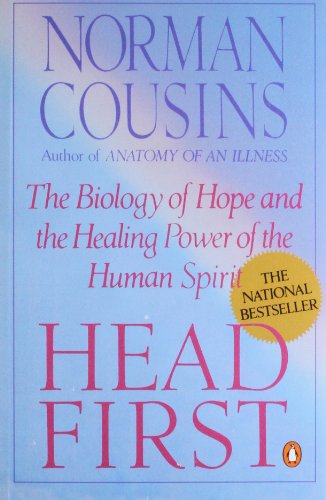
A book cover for Head First: The Biology of Hope and the Healing Power of the Human Spirit; Norman Cousins; Health, Fitness & Dieting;